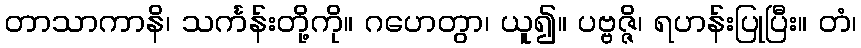
တာသာကာနိ၊ သင်္ကန်းတို့ကို။ ဂဟေတွာ၊ ယူ၍။ ပဗ္ဗဇ္ဇိ၊ ရဟန်းပြုပြီး။ တံ၊